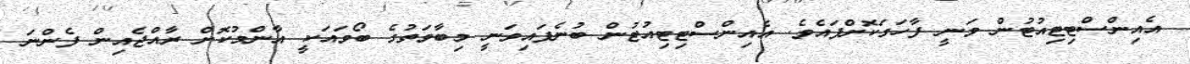
އެއިންސްޓިޓިއުޓުން ވަނީ ފާހަގަކޮށްފައެވެ. އެއިންސްޓިޓިއުޓުން ބުނެފައިވަނީ މިބާވަތުގެ ބޯވައަކީ އާންމުކޮށް ރާއްޖެއިން ފެންނަ